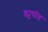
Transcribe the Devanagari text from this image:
ड्युपोंड